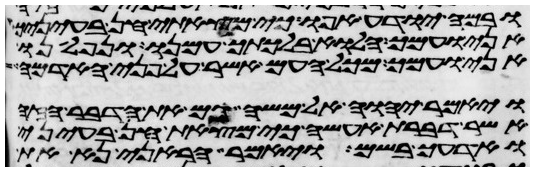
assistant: ובמה יודע אפוא כי מצאתי חן בעיניך
אני ועמך הלוא בלכתך עמנו ונפלאנו
אני ועמך מכל העם אשר על פני האדמה
ויאמר יהוה אל משה גם את הדבר הזה
אשר דברת אעשה כי מצאת חן בעיני
ואדעך בשם ויאמר הראני נא את